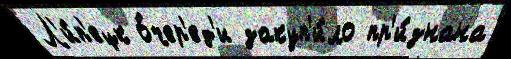
Л'и́п'ецк о́чер'ед'и закуп'и́ло пр'и́знана